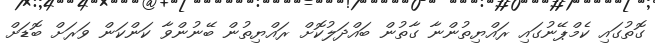
ގޮތުގައި ކެމްޕޭނުގައި ރައްޔިތުންނާ ގާތުން ބައްދަލުކޮށް ރައްޔިތުން ބޭނުންވާ ކަންކަން ވަރަށް ބޮޑަށް